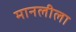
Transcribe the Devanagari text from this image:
मानलीला